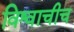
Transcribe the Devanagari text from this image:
विश्वाचीच